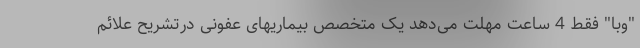
"وبا" فقط 4 ساعت مهلت می‌دهد یک متخصص بیماریهای عفونی درتشریح علائم